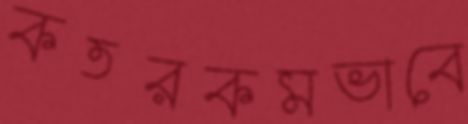
কতরকমভাবে